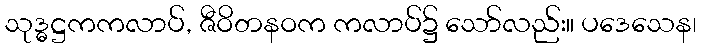
သုဒ္ဓဋ္ဌကကလာပ်, ဇီဝိတနဝက ကလာပ်၌ သော်လည်း။ ပဒေသေန၊